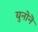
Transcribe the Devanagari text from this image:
युनोनॆ